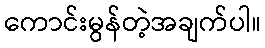
ကောင်းမွန်တဲ့အချက်ပါ။